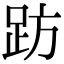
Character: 趽